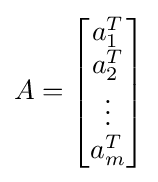
A={\begin{bmatrix}a_{1}^{T}\\a_{2}^{T}\\\vdots \\a_{m}^{T}\end{bmatrix}}